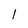
Character: 1